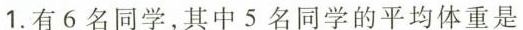
1.有6名同学，其中5名同学的平均体重是